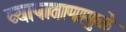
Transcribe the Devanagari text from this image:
व्यापातापामुळे